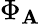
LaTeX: \Phi_{\mathbf{A}}